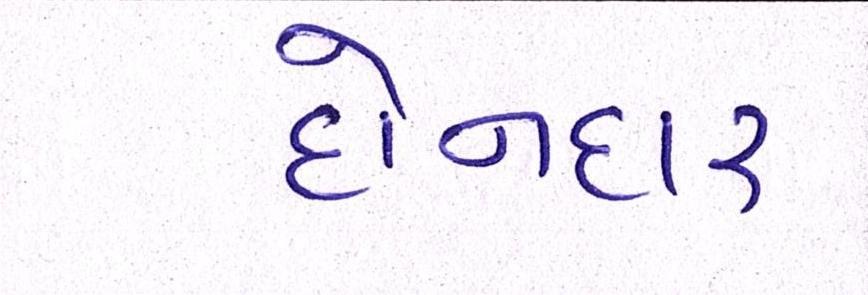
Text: દોનદાર